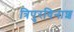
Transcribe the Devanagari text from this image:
त्रिपुरविनाश